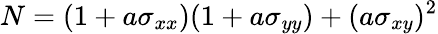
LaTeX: N=(1+a\sigma_{xx})(1+a\sigma_{yy})+(a\sigma_{xy})^{2}